Burma Government Medical School reports 1907-22
Year: 1907
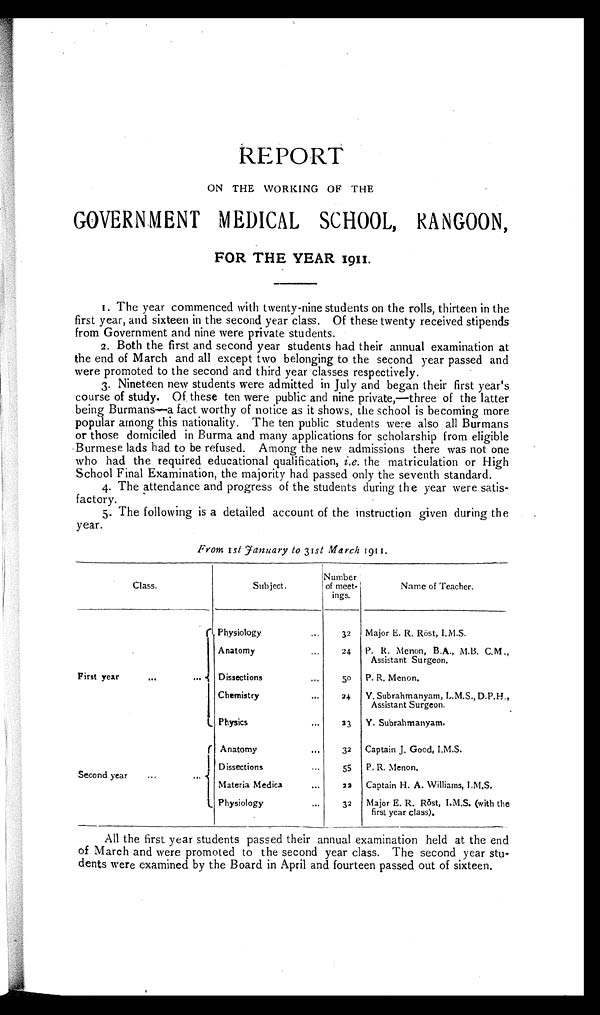
REPORT
ON THE WORKING OF THE
GOVERNMENT MEDICAL SCHOOL, RANGOON,
FOR THE YEAR
1 9 1 1 .
1.
The year commenced with twenty-nine students on the rolls, thirteen in the
first year, and sixteen in the second year class. Of these twenty received stipends
from Government and nine were private students.
2. Both the first and second year students had their annual examination at
the end of March and all except two belonging to the second year passed and
were promoted to the second and third year classes respectively.
3. Nineteen new students were admitted in July and began their first year’s
course of study. Of these ten were public and nine private,—three of the latter
being Burmans—a fact worthy of notice as it shows, the school is becoming more
popular among this nationality. The ten public students were also all Burmans
or those domiciled in Burma and many applications for scholarship from eligible
Burmese lads had to be refused. Among the new admissions there was not one
who had the required educational qualification, i.e. the matriculation or High
School Final Examination, the majority had passed only the seventh standard.
4. The attendance and progress of the students during the year were satis-
factory.
5. The following is a detailed account of the instruction given during the
year.
From 1st January to 31st March 1 9 1 1 .
Class.
Subject.
Number
of meet-
ings.
Name of Teacher.
F i r s t y e a r . . . . . .
Physiology
...
32
Major E. R. Röst, I.M.S.
Anatomy
...
24
P. R. Menon, B.A., M.B. C.M .,
Assistant Surgeon.
Dissections
...
50
P. R. Menon.
Chemistry
...
24
Y. Subrahmanyam, L.M.S., D.P.H.,
Assistant Surgeon.
Physics
...
23
Y. Subrahmanyam.
Second year
...
...
Anatomy
...
32
Captain J. Good, I.M.S.
Dissections
...
55
P. R. Menon.
Materia Medica
...
22
Captain H. A. Williams, I.M.S.
Physiology
...
32
Major E. R. Rōst, I.M.S. (with the
first year class).
All the first year students passed their annual examination held at the end
of March and were promoted to the second year class. The second year stu-
- d e n t s w e r e e x a m i n e d b y t h e B o a r d i n A p r i l a n d f o u r t e e n p a s s e d o u t o f s i x t e e n .